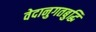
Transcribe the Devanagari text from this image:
वेदानुगतबुद्धि